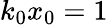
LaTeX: k_{0}x_{0}=1